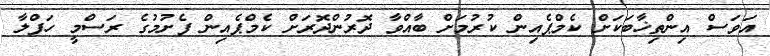
އަވަސް އިންތިޚާބަކަށް ކެމްޕެއިން ކުރުމަށް ބާއްވާ ދޮރުންދޮރަށް ކެމްޕެއިން ފެށުމުގެ ރަސްމީ ހަފްލާ